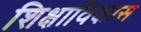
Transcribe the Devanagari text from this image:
शिक्षाविकास